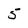
Character: 5